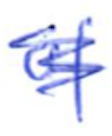
Text: of
Cross-out: scratch
Writing tool: ballpoint